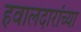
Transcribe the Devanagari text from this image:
हवालदारांच्या